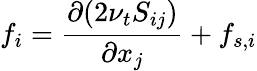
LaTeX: f_{i}=\frac{\partial(2\nu_{t}S_{ij})}{\partial x_{j}}+f_{s,i}